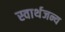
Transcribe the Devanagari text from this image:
स्वार्थजन्य